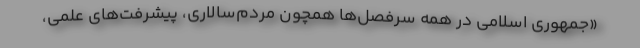
«جمهوری اسلامی در همه سرفصل‌ها همچون مردم‌سالاری، پیشرفت‌های علمی،